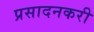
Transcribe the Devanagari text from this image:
प्रसादनकरी